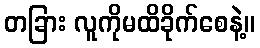
တခြား လူကိုမထိခိုက်စေနဲ့။